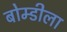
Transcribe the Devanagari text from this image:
बोम्डीला